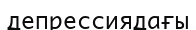
депрессиядағы